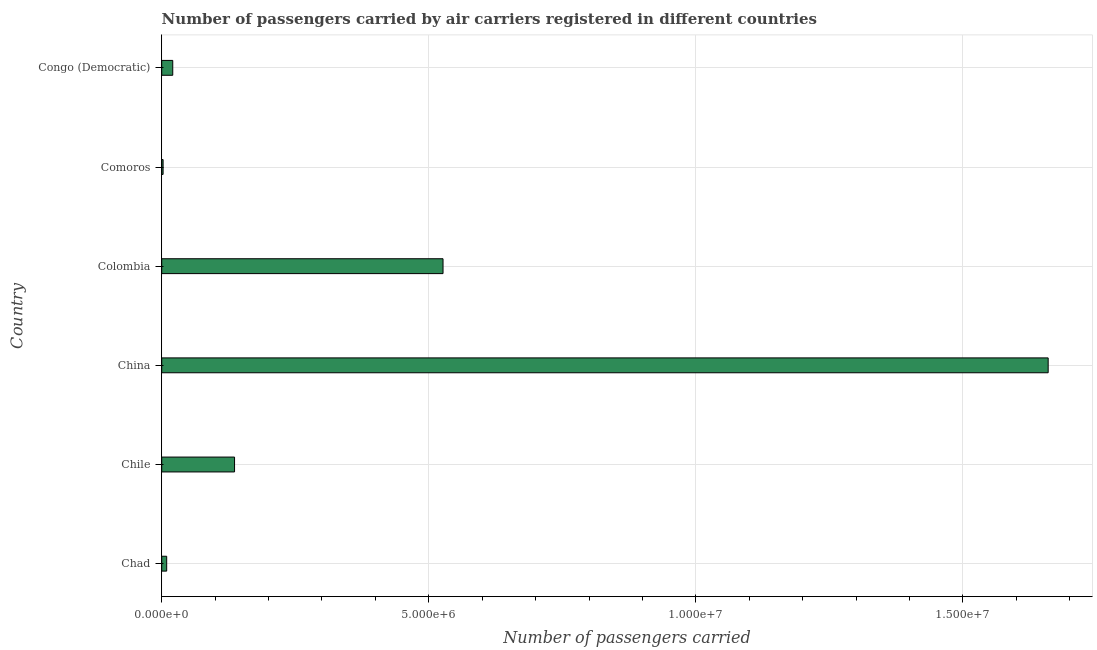
| Country | Air transport |
 | --- | --- |
 | Chad | 9.33e+04 |
 | Chile | 1.36e+06 |
 | China | 1.66e+07 |
 | Colombia | 5.27e+06 |
 | Comoros | 2.6e+04 |
 | Congo (Democratic) | 2.07e+05 |